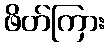
ဖိတ်ကြား